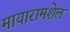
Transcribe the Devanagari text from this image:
मायारामशेल